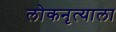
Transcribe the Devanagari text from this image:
लोकनृत्याला